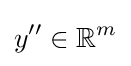
y^{\prime \prime }\in \mathbb {R} ^{m}